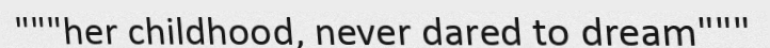
"""her childhood, never dared to dream"""